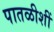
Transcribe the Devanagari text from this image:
पातळीशीं